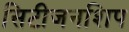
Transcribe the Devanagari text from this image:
सिटीजनशिप